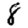
Digit: 8